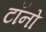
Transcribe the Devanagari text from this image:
टॉनो